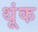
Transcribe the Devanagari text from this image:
थूंक